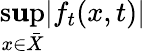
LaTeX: \operatorname*{s\mathbf{u}p}_{x\in{\bar{{X}}}}|f_{t}(x,t)|